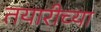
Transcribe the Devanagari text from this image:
तयारीच्या